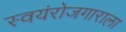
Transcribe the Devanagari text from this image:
स्वयंरोजगाराला